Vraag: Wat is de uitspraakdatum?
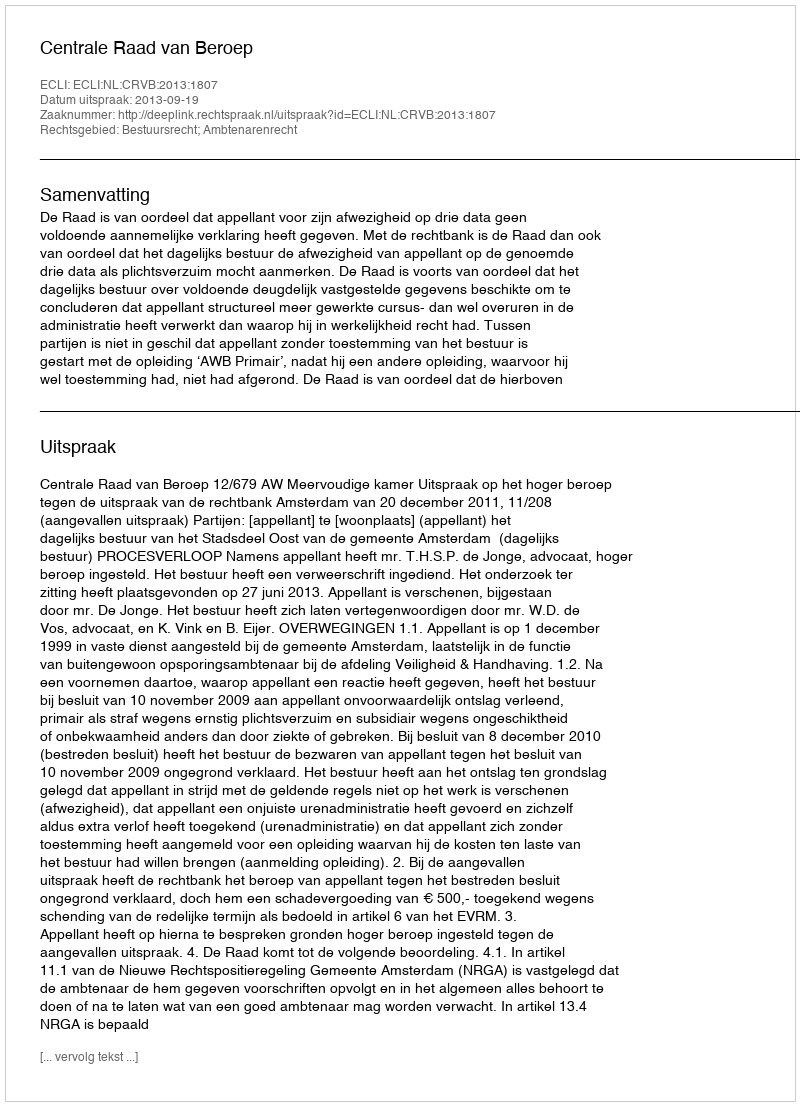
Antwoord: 2013-09-19